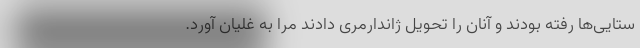
ستایی‌ها رفته بودند و آنان را تحویل ژاندارمری دادند مرا به غلیان آورد.